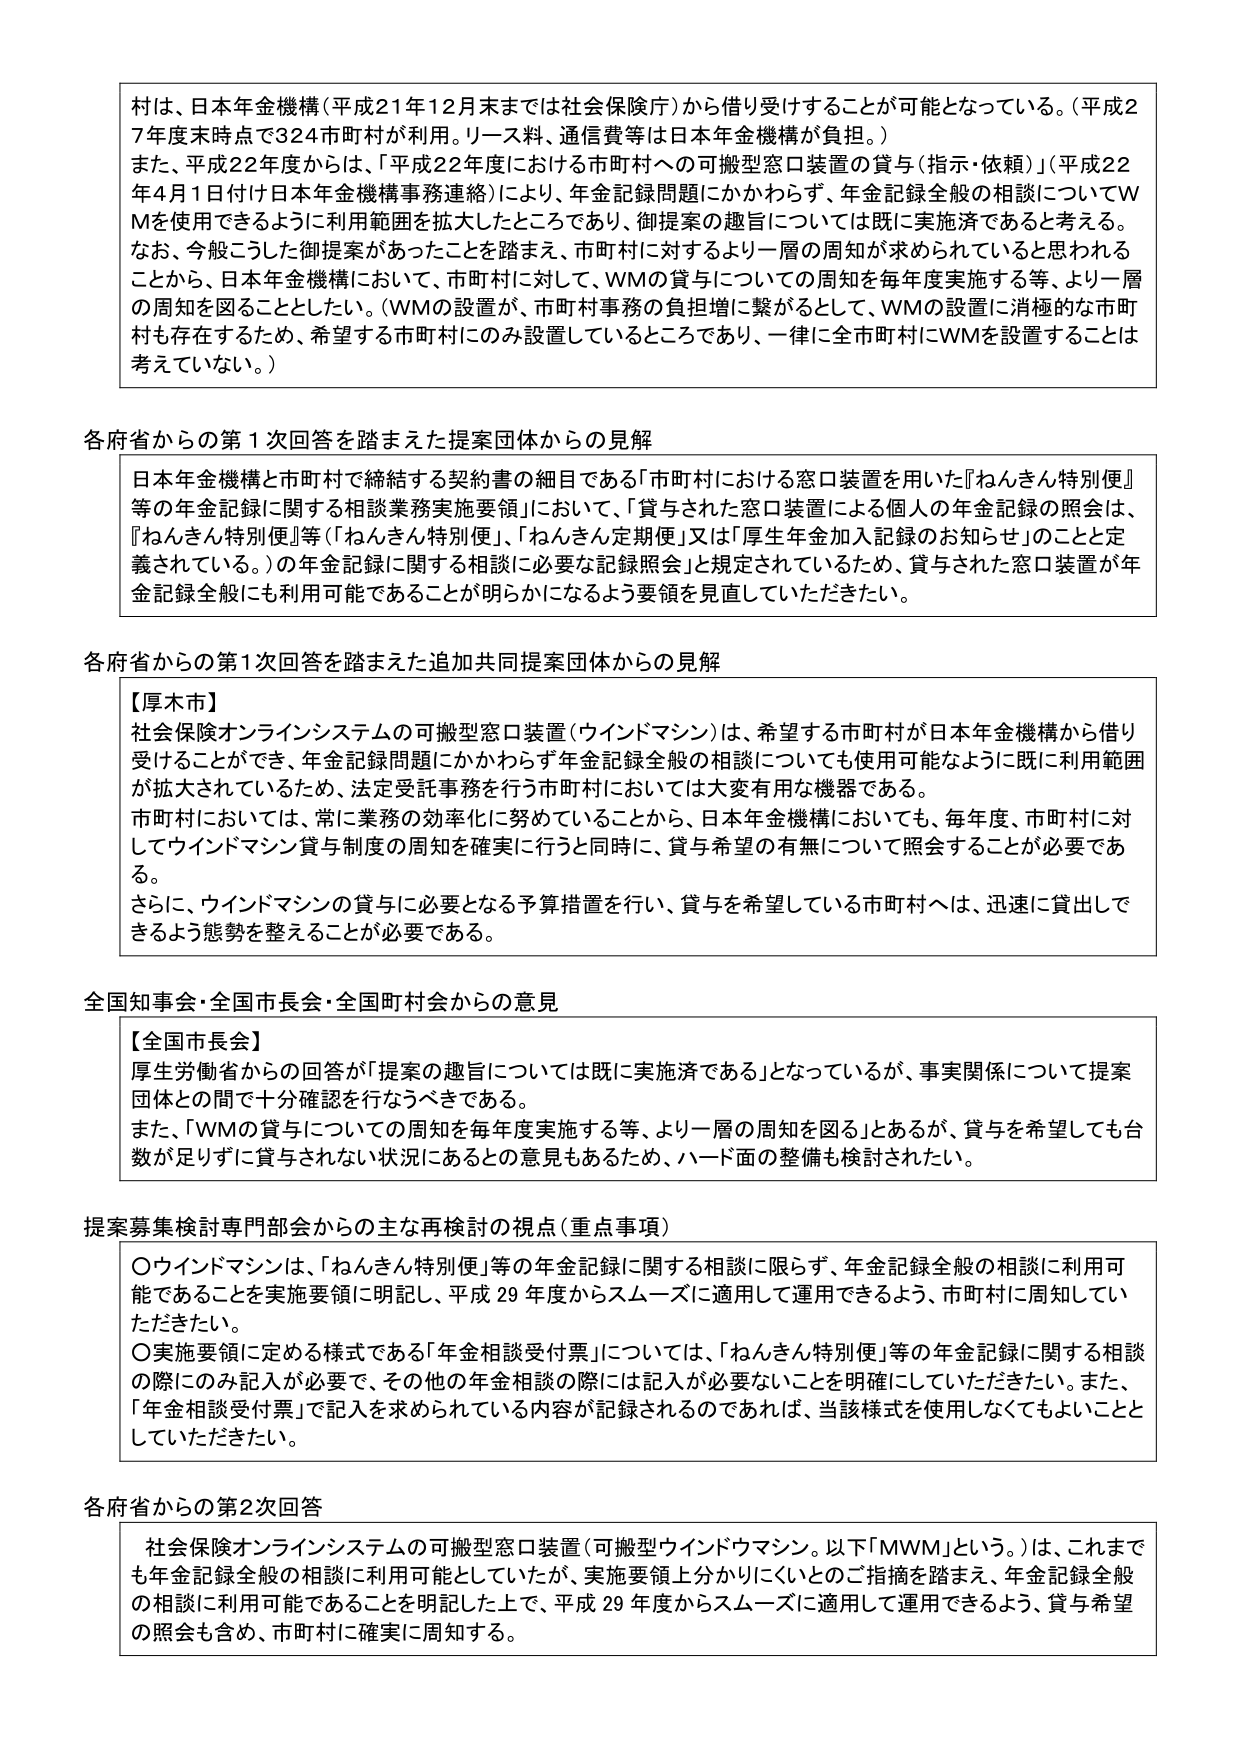
村は、日本年金機構（平成21年12月末までは社会保険庁）から借り受けることが可能となっている。（平成27年度末時点で324市町村が利用。リース料、通信費等は日本年金機構が負担。）
また、平成22年度からは、「平成22年度における市町村への可搬型窓口装置の貸与（指示・依頼）」（平成22年4月1日付け日本年金機構事務連絡）により、年金記録問題にかかわらず、年金記録全般の相談についてWMを使用できるように利用範囲を拡大したところであり、御提案の趣旨については既に実施済であると考える。
なお、今般こうした御提案があったことを踏まえ、市町村に対するより一層の周知が求められていると思われる。ことから、日本年金機構において、市町村に対して、WMの貸与についての周知を毎年度実施する等、より一層の周知を図ることとしたい。（WMの設置が、市町村事務の負担増に繋がるとして、WMの設置に消極的な市町村も存在するため、希望する市町村にのみ設置しているところであり、一律に全市町村にWMを設置することは考えていない。）

各府省からの第1次回答を踏まえた提案団体からの見解
日本年金機構と市町村で締結する契約書の細目である「市町村における窓口装置を用いた『ねんきん特別便』等の年金記録に関する相談業務実施要領」において、「貸与された窓口装置による個人の年金記録の照会は、『ねんきん特別便』等（『ねんきん特別便』、『ねんきん定期便』又は『厚生年金加入記録のお知らせ』のことと定義されている。）の年金記録に関する相談に必要な記録照会」と規定されているため、貸与された窓口装置が年金記録全般にも利用可能であることが明らかになるよう要領を見直していただきたい。

各府省からの第1次回答を踏まえた追加共同提案団体からの見解
【厚木市】
社会保険オンラインシステムの可搬型窓口装置（ウインドマシン）は、希望する市町村が日本年金機構から借り受けることができ、年金記録問題にかかわらず年金記録全般の相談についても使用可能のように既に利用範囲が拡大されているため、法定受託事務を行う市町村においては大変有用な機器である。
市町村においては、常に業務の効率化に努めていることから、日本年金機構においても、毎年度、市町村に対してウインドマシン貸与制度の周知を確実に行うと同時に、貸与希望の有無について照会することが必要である。
さらに、ウインドマシンの貸与に必要となる予算措置を行い、貸与を希望している市町村へは、迅速に貸出せできるよう態勢を整えることが必要である。

全国知事会・全国市長会・全国町村会からの意見
【全国市長会】
厚生労働省からの回答が「提案の趣旨については既に実施済である」となっているが、事実関係について提案団体との間で十分確認を行なうべきである。
また、「WMの貸与についての周知を毎年度実施する等、より一層の周知を図る」とあるが、貸与を希望しても台数が足りずに貸与されない状況にあるとの意見もあるため、ハード面の整備も検討されたい。

提案募集検討専門部会からの主な再検討の視点（重点事項）
〇ウインドマシンは、「ねんきん特別便」等の年金記録に関する相談に限らず、年金記録全般の相談に利用可能であることを実施要領に明記し、平成29年度からスムーズに適用して運用できるよう、市町村に周知していただきたい。
〇実施要領に定める様式である「年金相談受付票」については、「ねんきん特別便」等の年金記録に関する相談の際にのみ記入が必要で、その他の年金相談の際には記入が必要ないことを明確にしていただきたい。また、「年金相談受付票」で記入を求められている内容が記録されるのであれば、当該様式を使用しなくてもよいこととしていただきたい。

各府省からの第2次回答
社会保険オンラインシステムの可搬型窓口装置（可搬型ウインドウマシン。以下「MWM」という。）は、これまでも年金記録全般の相談に利用可能としていたが、実施要領上分かりにくいとのご指摘を踏まえ、年金記録全般の相談に利用可能であることを明記した上で、平成29年度からスムーズに適用して運用できるよう、貸与希望の照会も含め、市町村に確実に周知する。